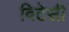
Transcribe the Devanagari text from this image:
विटेसी